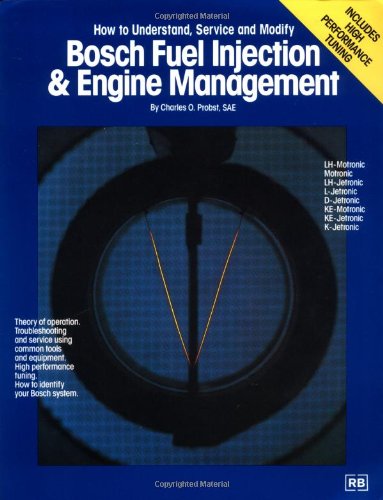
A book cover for Bosch Fuel Injection and Engine Management: How to Understand, Service and Modify; C Probst; Engineering & Transportation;